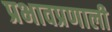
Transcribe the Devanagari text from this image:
प्रभावप्रणाली